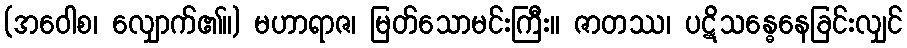
(အဝေါစ၊ လျှောက်၏။) မဟာရာဇ၊ မြတ်သောမင်းကြီး။ ဇာတဿ၊ ပဋိသန္ဓေနေခြင်းလျှင်